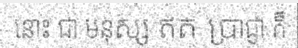
នោះ ជា មនុស្ស ឥត ប្រាជ្ញា ក៏